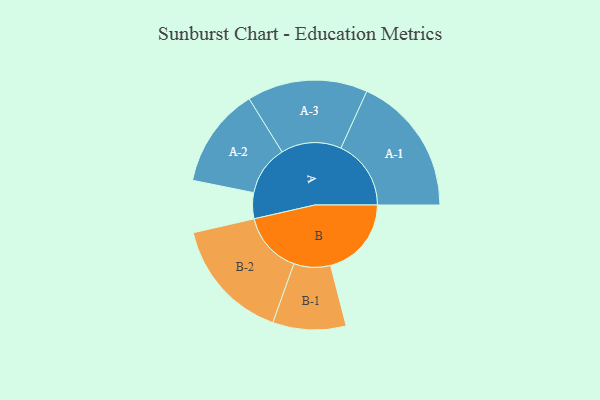
{"axis": {"x": "Segment", "y": "Value"}, "legend": ["", "A", "B"], "data": [{"x": "A", "y": 102, "type": ""}, {"x": "B", "y": 318, "type": ""}, {"x": "A-1", "y": 276, "type": "A"}, {"x": "A-2", "y": 197, "type": "A"}, {"x": "A-3", "y": 237, "type": "A"}, {"x": "B-1", "y": 144, "type": "B"}, {"x": "B-2", "y": 242, "type": "B"}]}